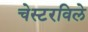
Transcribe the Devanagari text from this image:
चेस्टरविले